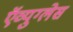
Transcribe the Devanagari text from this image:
ऍव्युग्लेस